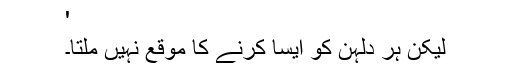
'
لیکن ہر دلہن کو ایسا کرنے کا موقع نہیں ملتا۔